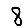
Digit: 8